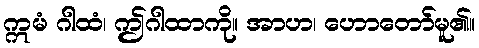
ဣမံ ဂါထံ၊ ဤဂါထာကို။ အာဟ၊ ဟောတော်မူ၏။